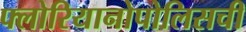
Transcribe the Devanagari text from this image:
फ्लोरियानोपोलिसची